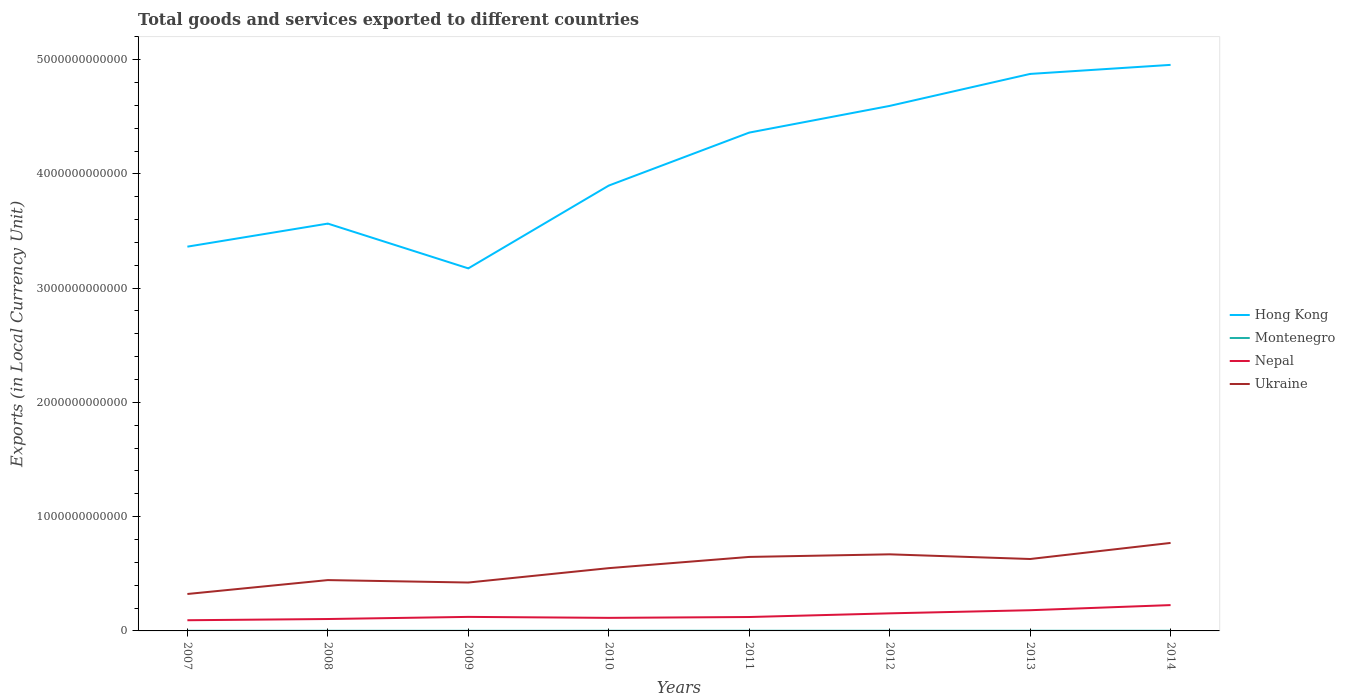
| Years | Hong Kong | Montenegro | Nepal | Ukraine |
 | --- | --- | --- | --- | --- |
 | 2007 | 3.36e+12 | 1.19e+09 | 9.36e+10 | 3.23e+11 |
 | 2008 | 3.56e+12 | 1.22e+09 | 1.04e+11 | 4.45e+11 |
 | 2009 | 3.17e+12 | 9.57e+08 | 1.23e+11 | 4.24e+11 |
 | 2010 | 3.9e+12 | 1.16e+09 | 1.14e+11 | 5.49e+11 |
 | 2011 | 4.36e+12 | 1.38e+09 | 1.22e+11 | 6.48e+11 |
 | 2012 | 4.59e+12 | 1.39e+09 | 1.54e+11 | 6.7e+11 |
 | 2013 | 4.87e+12 | 1.39e+09 | 1.81e+11 | 6.29e+11 |
 | 2014 | 4.95e+12 | 1.39e+09 | 2.26e+11 | 7.7e+11 |